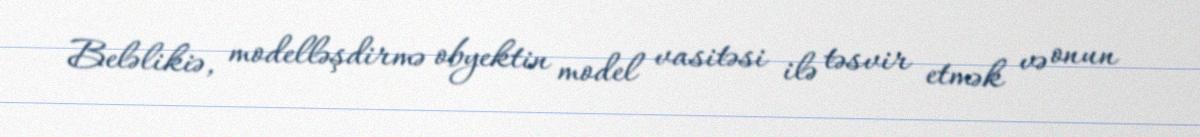
Beləlikiə, modelləşdirmə obyektin model vasitəsi ilə təsvir etmək və onun